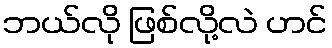
ဘယ်လို ဖြစ်လို့လဲ ဟင်